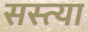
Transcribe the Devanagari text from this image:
सस्त्या